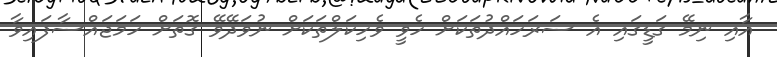
އާއި ނިމޭ ގަޑީގައި އެ ސަރަހައްދުތަކަށް ހެވީ ވެހިކަލްތަކަށް ނުވަދޭވޭ ގޮތަށް ހަމަޖައްސާފައިވާ